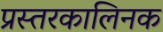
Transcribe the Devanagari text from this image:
प्रस्तरकालिनक